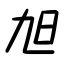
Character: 旭